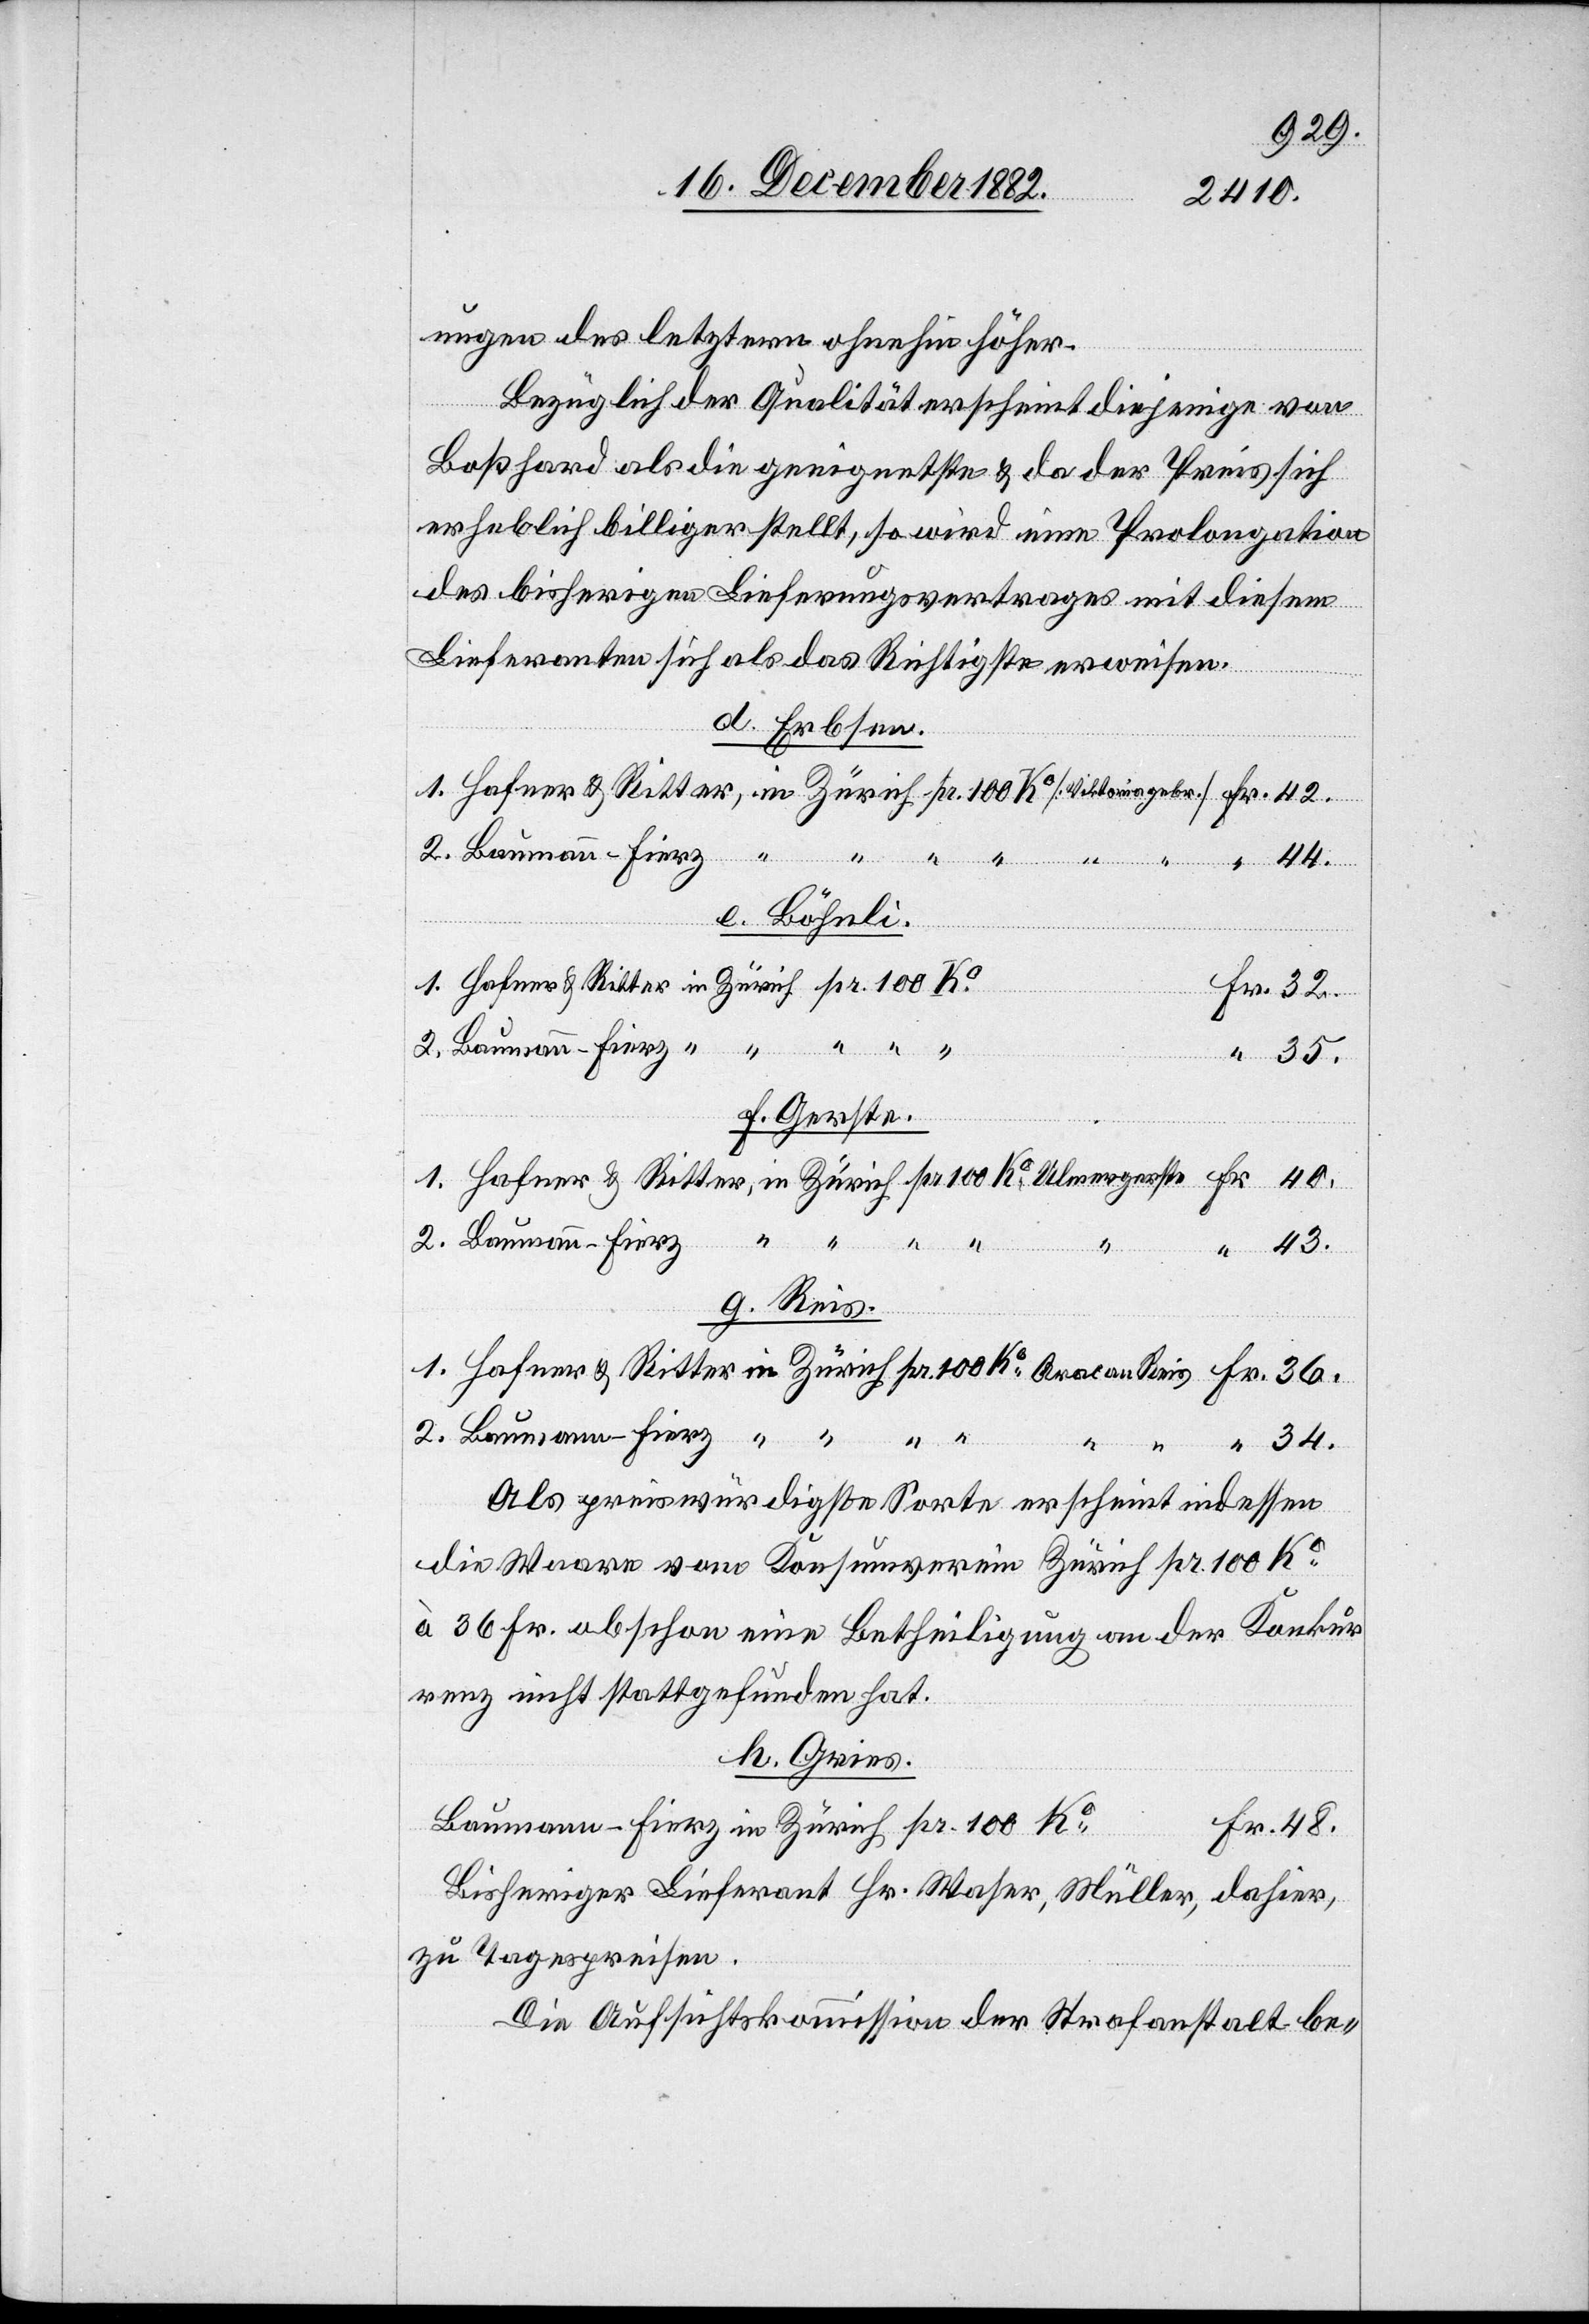
gungen des letztern ohnehin höher.
Bezüglich der Qualität erscheint diejenige von
Boßhard als die geeignetste & da der Preis sich
erheblich billiger stellt, so wird eine Prolongation
des bisherigen Lieferungsvertrages mit diesem
Lieferanten sich als das Richtigste erweisen.
in
d. Erbsen.
e. Böhnli.
48.
f. Gerste.
32.
Fr.
Baumann-Fierz
34.
g. Reis.
Als preiswürdigste Sorte erscheint indessen
die Waare vom Konsumverein Zürich pr. 100 Ko
à 36. Fr. obschon eine Betheiligung an der Konkur¬
renz nicht stattgefunden hat.
h. Gries.
Bisheriger Lieferant Hr. Waser, Müller, dahier,
zu Tagespreisen.
Die Aufsichtskommission der Strafanstalt be-